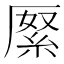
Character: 𠪓